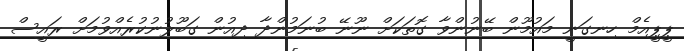
ޕީޕީއެމް ހިނގަނީ މައުމޫން ބޭނުންވާ ގޮތަކަށް ނޫނޭ ބުނަމުންދާ ދިއުން ގަބޫލުނުކުރެއްވުމަށް ރައީސް